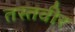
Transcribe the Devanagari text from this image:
तस्तवीर